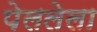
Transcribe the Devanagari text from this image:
पेललेला